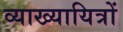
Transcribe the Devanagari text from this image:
व्याख्यायित्रों